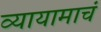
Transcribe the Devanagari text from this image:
व्यायामाचं